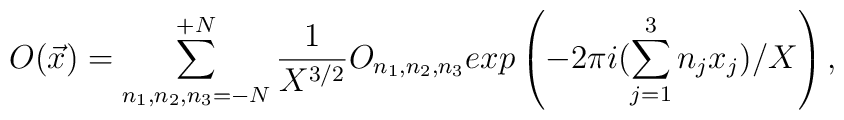
O({\vec x}) = \sum_{n_1,n_2,n_3=-{N}}^{+ {N}} \frac{1}{X^{3/2}}O_{n_1,n_2,n_3} exp\left(-2\pi i (\sum_{j=1}^{3} n_j x_j)/X\right),